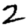
Digit: 2